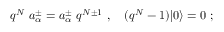
q ^ { N } \ a _ { \alpha } ^ { \pm } = a _ { \alpha } ^ { \pm } \ q ^ { N \pm 1 } \ , \quad ( q ^ { N } - 1 ) \vert 0 \rangle = 0 \ ;